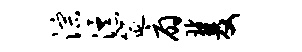
淙瀑筵扇双